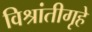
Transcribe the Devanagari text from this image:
विश्रांतीगृहे